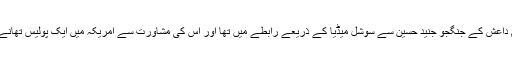
ریاست کے عبوری نائب اٹارنی جنرل مک کارڈ کے مطابق ملزم شام میں مقیم داعش کے جنگجو جنید حسین سے سوشل میڈیا کے ذریعے رابطے میں تھا اور اس کی مشاورت سے امریکہ میں ایک پولیس تھانے پر حملے اور ایک امریکی فوجی اہلکار کے قتل کی منصوبہ بندی کر رہا تھا۔